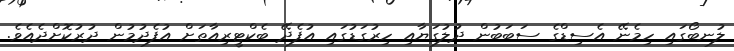
ލުނބޯގައި ހިމެނޭ އެސިޑްގެ ސަބަބުން ދުލުގަޔާއި ހިރުގަޑުގައި އުފެދޭ ބެކްޓީރިއާތަށް އުފެދުމުން ދުރުކޮށްދެއެވެ.